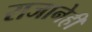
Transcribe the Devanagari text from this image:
राजानेही